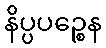
နိပ္ပပဉ္စေန